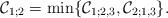
LaTeX: \begin{align*}\mathcal{C}_{1;2}=\min\{\mathcal{C}_{1;2,3},\mathcal{C}_{2;1,3}\}.\end{align*}